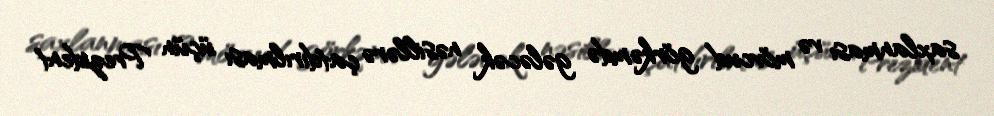
saxlanması və mövcud görkəmdə gələcək nəsillərə çatdırılması üçün Prezident